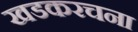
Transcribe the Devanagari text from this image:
खडकरचना